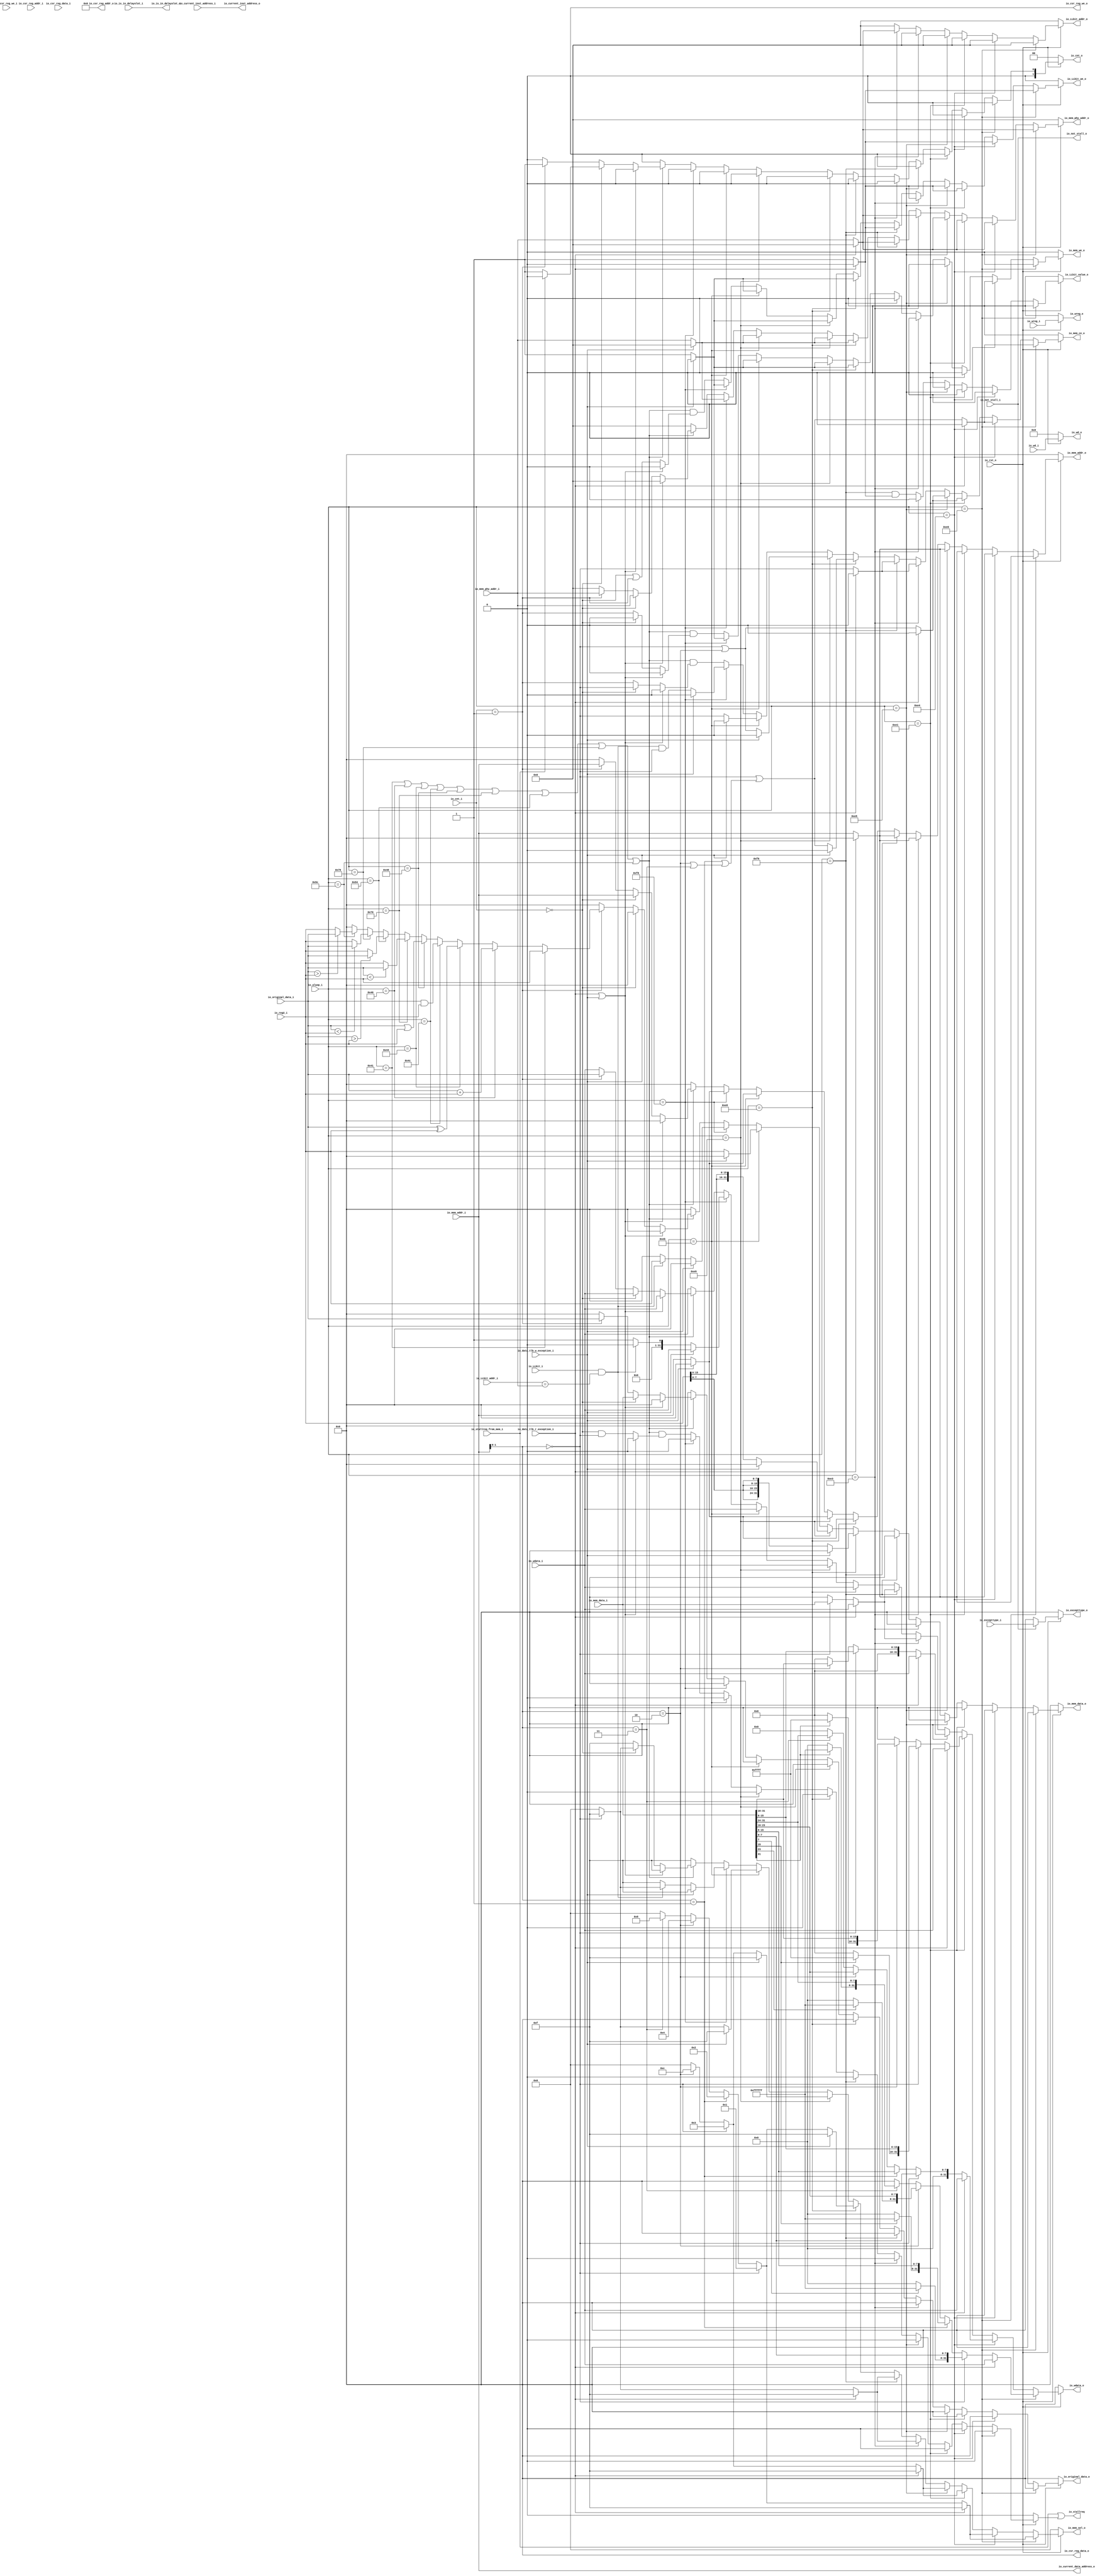
module IMemory(
  input         io_rst_n,
  input  [33:0] io_mem_phy_addr_i,
  input         io_data_tlb_r_exception_i,
  input         io_data_tlb_w_exception_i,
  input  [4:0]  io_wd_i,
  input         io_wreg_i,
  input  [31:0] io_wdata_i,
  input  [7:0]  io_aluop_i,
  input  [31:0] io_mem_addr_i,
  input  [31:0] io_reg2_i,
  input  [31:0] io_mem_data_i,
  input         io_LLbit_i,
  input  [33:0] io_LLbit_addr_i,
  input         io_stallreq_from_mem_i,
  input  [1:0]  io_cnt_i,
  input  [31:0] io_original_data_i,
  input         io_csr_reg_we_i,
  input  [11:0] io_csr_reg_addr_i,
  input  [31:0] io_csr_reg_data_i,
  input  [31:0] io_excepttype_i,
  input         io_is_in_delayslot_i,
  input  [31:0] io_current_inst_address_i,
  input         io_not_stall_i,
  output [4:0]  io_wd_o,
  output        io_wreg_o,
  output [31:0] io_wdata_o,
  output        io_LLbit_we_o,
  output        io_LLbit_value_o,
  output [33:0] io_LLbit_addr_o,
  output        io_stallreq,
  output [1:0]  io_cnt_o,
  output [31:0] io_original_data_o,
  output        io_csr_reg_we_o,
  output [11:0] io_csr_reg_addr_o,
  output [31:0] io_csr_reg_data_o,
  output [31:0] io_excepttype_o,
  output        io_is_in_delayslot_o,
  output [31:0] io_current_inst_address_o,
  output [31:0] io_current_data_address_o,
  output        io_not_stall_o,
  output [31:0] io_mem_addr_o,
  output [33:0] io_mem_phy_addr_o,
  output        io_mem_we_o,
  output [3:0]  io_mem_sel_o,
  output [31:0] io_mem_data_o,
  output        io_mem_ce_o
);
  reg  stallreq_from_amo; // @[IMemory.scala 89:30]
  reg [31:0] _RAND_0;
  reg [4:0] wd_o; // @[IMemory.scala 93:21]
  reg [31:0] _RAND_1;
  reg  wreg_o; // @[IMemory.scala 94:23]
  reg [31:0] _RAND_2;
  reg [31:0] wdata_o; // @[IMemory.scala 95:24]
  reg [31:0] _RAND_3;
  reg [31:0] mem_addr_o; // @[IMemory.scala 101:27]
  reg [31:0] _RAND_4;
  reg [33:0] mem_phy_addr_o; // @[IMemory.scala 102:31]
  reg [63:0] _RAND_5;
  reg  mem_we_o; // @[IMemory.scala 103:25]
  reg [31:0] _RAND_6;
  reg [3:0] mem_sel_o; // @[IMemory.scala 104:26]
  reg [31:0] _RAND_7;
  reg [31:0] mem_data_o; // @[IMemory.scala 105:27]
  reg [31:0] _RAND_8;
  reg  mem_ce_o; // @[IMemory.scala 106:25]
  reg [31:0] _RAND_9;
  reg  LLbit_we_o; // @[IMemory.scala 108:27]
  reg [31:0] _RAND_10;
  reg [33:0] LLbit_addr_o; // @[IMemory.scala 109:29]
  reg [63:0] _RAND_11;
  reg  LLbit_value_o; // @[IMemory.scala 110:30]
  reg [31:0] _RAND_12;
  reg [1:0] cnt_o; // @[IMemory.scala 112:22]
  reg [31:0] _RAND_13;
  reg [31:0] original_data_o; // @[IMemory.scala 113:32]
  reg [31:0] _RAND_14;
  wire  _T_2; // @[IMemory.scala 198:21]
  wire  _T_4; // @[IMemory.scala 211:35]
  wire [23:0] _T_7; // @[Bitwise.scala 71:12]
  wire [31:0] _T_9; // @[Cat.scala 29:58]
  wire  _T_11; // @[IMemory.scala 215:41]
  wire [23:0] _T_14; // @[Bitwise.scala 71:12]
  wire [31:0] _T_16; // @[Cat.scala 29:58]
  wire  _T_18; // @[IMemory.scala 219:41]
  wire [23:0] _T_21; // @[Bitwise.scala 71:12]
  wire [31:0] _T_23; // @[Cat.scala 29:58]
  wire  _T_25; // @[IMemory.scala 223:41]
  wire [23:0] _T_28; // @[Bitwise.scala 71:12]
  wire [31:0] _T_30; // @[Cat.scala 29:58]
  wire  _GEN_6; // @[IMemory.scala 219:59]
  wire  _GEN_10; // @[IMemory.scala 215:59]
  wire  _GEN_14; // @[IMemory.scala 211:52]
  wire [31:0] _GEN_18; // @[IMemory.scala 199:38]
  wire [33:0] _GEN_19; // @[IMemory.scala 199:38]
  wire  _GEN_21; // @[IMemory.scala 199:38]
  wire  _T_31; // @[IMemory.scala 235:27]
  wire [31:0] _T_36; // @[Cat.scala 29:58]
  wire [31:0] _T_41; // @[Cat.scala 29:58]
  wire [31:0] _T_46; // @[Cat.scala 29:58]
  wire [31:0] _T_51; // @[Cat.scala 29:58]
  wire  _T_52; // @[IMemory.scala 272:27]
  wire [15:0] _T_57; // @[Bitwise.scala 71:12]
  wire [31:0] _T_59; // @[Cat.scala 29:58]
  wire [15:0] _T_64; // @[Bitwise.scala 71:12]
  wire [31:0] _T_66; // @[Cat.scala 29:58]
  wire  _GEN_51; // @[IMemory.scala 285:52]
  wire  _T_67; // @[IMemory.scala 301:27]
  wire [31:0] _T_72; // @[Cat.scala 29:58]
  wire [31:0] _T_77; // @[Cat.scala 29:58]
  wire  _T_78; // @[IMemory.scala 330:27]
  wire [3:0] _GEN_70; // @[IMemory.scala 343:52]
  wire  _T_81; // @[IMemory.scala 355:27]
  wire  _T_84; // @[IMemory.scala 381:27]
  wire [31:0] _T_87; // @[Cat.scala 29:58]
  wire  _GEN_101; // @[IMemory.scala 382:38]
  wire  _T_96; // @[IMemory.scala 414:27]
  wire [31:0] _T_98; // @[Cat.scala 29:58]
  wire  _T_103; // @[IMemory.scala 441:27]
  wire  _T_106; // @[IMemory.scala 464:27]
  wire  _T_108; // @[IMemory.scala 467:59]
  wire  _T_109; // @[IMemory.scala 467:40]
  wire  _GEN_124; // @[IMemory.scala 467:81]
  wire  _T_112; // @[IMemory.scala 502:27]
  wire  _T_113; // @[IMemory.scala 502:64]
  wire  _T_114; // @[IMemory.scala 502:50]
  wire  _T_115; // @[IMemory.scala 502:100]
  wire  _T_116; // @[IMemory.scala 502:86]
  wire  _T_117; // @[IMemory.scala 503:18]
  wire  _T_118; // @[IMemory.scala 502:122]
  wire  _T_119; // @[IMemory.scala 503:54]
  wire  _T_120; // @[IMemory.scala 503:40]
  wire  _T_121; // @[IMemory.scala 503:89]
  wire  _T_122; // @[IMemory.scala 503:75]
  wire  _T_123; // @[IMemory.scala 504:18]
  wire  _T_124; // @[IMemory.scala 503:111]
  wire  _T_125; // @[IMemory.scala 504:54]
  wire  _T_126; // @[IMemory.scala 504:40]
  wire  _T_127; // @[IMemory.scala 504:91]
  wire  _T_128; // @[IMemory.scala 504:77]
  wire  _T_129; // @[IMemory.scala 506:38]
  wire  _T_130; // @[IMemory.scala 508:27]
  wire  _T_135; // @[IMemory.scala 530:27]
  wire [31:0] _T_139; // @[IMemory.scala 542:92]
  wire [31:0] _T_141; // @[IMemory.scala 543:92]
  wire [31:0] _T_143; // @[IMemory.scala 544:92]
  wire [31:0] _T_145; // @[IMemory.scala 545:92]
  wire  _T_149; // @[IMemory.scala 546:103]
  wire  _T_154; // @[IMemory.scala 547:103]
  wire  _T_157; // @[IMemory.scala 548:96]
  wire  _T_160; // @[IMemory.scala 549:96]
  wire  _GEN_173; // @[IMemory.scala 508:40]
  wire  _GEN_176; // @[IMemory.scala 508:40]
  wire  _GEN_177; // @[IMemory.scala 508:40]
  wire  _GEN_180; // @[IMemory.scala 508:40]
  wire  _GEN_188; // @[IMemory.scala 506:66]
  wire  _GEN_191; // @[IMemory.scala 506:66]
  wire  _GEN_192; // @[IMemory.scala 506:66]
  wire  _GEN_195; // @[IMemory.scala 506:66]
  wire  _GEN_203; // @[IMemory.scala 504:114]
  wire  _GEN_206; // @[IMemory.scala 504:114]
  wire  _GEN_207; // @[IMemory.scala 504:114]
  wire  _GEN_210; // @[IMemory.scala 504:114]
  wire  _GEN_312; // @[IMemory.scala 355:43]
  wire [31:0] _GEN_479; // @[IMemory.scala 616:28]
  assign _T_2 = io_aluop_i == 8'he0; // @[IMemory.scala 198:21]
  assign _T_4 = io_mem_addr_i[1:0] == 2'h0; // @[IMemory.scala 211:35]
  assign _T_7 = io_mem_data_i[7] ? 24'hffffff : 24'h0; // @[Bitwise.scala 71:12]
  assign _T_9 = {_T_7,io_mem_data_i[7:0]}; // @[Cat.scala 29:58]
  assign _T_11 = io_mem_addr_i[1:0] == 2'h1; // @[IMemory.scala 215:41]
  assign _T_14 = io_mem_data_i[15] ? 24'hffffff : 24'h0; // @[Bitwise.scala 71:12]
  assign _T_16 = {_T_14,io_mem_data_i[15:8]}; // @[Cat.scala 29:58]
  assign _T_18 = io_mem_addr_i[1:0] == 2'h2; // @[IMemory.scala 219:41]
  assign _T_21 = io_mem_data_i[23] ? 24'hffffff : 24'h0; // @[Bitwise.scala 71:12]
  assign _T_23 = {_T_21,io_mem_data_i[23:16]}; // @[Cat.scala 29:58]
  assign _T_25 = io_mem_addr_i[1:0] == 2'h3; // @[IMemory.scala 223:41]
  assign _T_28 = io_mem_data_i[31] ? 24'hffffff : 24'h0; // @[Bitwise.scala 71:12]
  assign _T_30 = {_T_28,io_mem_data_i[31:24]}; // @[Cat.scala 29:58]
  assign _GEN_6 = _T_18 | _T_25; // @[IMemory.scala 219:59]
  assign _GEN_10 = _T_11 | _GEN_6; // @[IMemory.scala 215:59]
  assign _GEN_14 = _T_4 | _GEN_10; // @[IMemory.scala 211:52]
  assign _GEN_18 = io_data_tlb_r_exception_i ? 32'h0 : io_mem_addr_i; // @[IMemory.scala 199:38]
  assign _GEN_19 = io_data_tlb_r_exception_i ? 34'h0 : io_mem_phy_addr_i; // @[IMemory.scala 199:38]
  assign _GEN_21 = io_data_tlb_r_exception_i ? 1'h0 : 1'h1; // @[IMemory.scala 199:38]
  assign _T_31 = io_aluop_i == 8'he4; // @[IMemory.scala 235:27]
  assign _T_36 = {24'h0,io_mem_data_i[7:0]}; // @[Cat.scala 29:58]
  assign _T_41 = {24'h0,io_mem_data_i[15:8]}; // @[Cat.scala 29:58]
  assign _T_46 = {24'h0,io_mem_data_i[23:16]}; // @[Cat.scala 29:58]
  assign _T_51 = {24'h0,io_mem_data_i[31:24]}; // @[Cat.scala 29:58]
  assign _T_52 = io_aluop_i == 8'he1; // @[IMemory.scala 272:27]
  assign _T_57 = io_mem_data_i[15] ? 16'hffff : 16'h0; // @[Bitwise.scala 71:12]
  assign _T_59 = {_T_57,io_mem_data_i[15:0]}; // @[Cat.scala 29:58]
  assign _T_64 = io_mem_data_i[31] ? 16'hffff : 16'h0; // @[Bitwise.scala 71:12]
  assign _T_66 = {_T_64,io_mem_data_i[31:16]}; // @[Cat.scala 29:58]
  assign _GEN_51 = _T_4 | _T_18; // @[IMemory.scala 285:52]
  assign _T_67 = io_aluop_i == 8'he5; // @[IMemory.scala 301:27]
  assign _T_72 = {16'h0,io_mem_data_i[15:0]}; // @[Cat.scala 29:58]
  assign _T_77 = {16'h0,io_mem_data_i[31:16]}; // @[Cat.scala 29:58]
  assign _T_78 = io_aluop_i == 8'he3; // @[IMemory.scala 330:27]
  assign _GEN_70 = _T_4 ? 4'hf : 4'h0; // @[IMemory.scala 343:52]
  assign _T_81 = io_aluop_i == 8'hf0; // @[IMemory.scala 355:27]
  assign _T_84 = io_aluop_i == 8'he8; // @[IMemory.scala 381:27]
  assign _T_87 = {io_reg2_i[7:0],io_reg2_i[7:0],io_reg2_i[7:0],io_reg2_i[7:0]}; // @[Cat.scala 29:58]
  assign _GEN_101 = io_data_tlb_w_exception_i ? 1'h0 : 1'h1; // @[IMemory.scala 382:38]
  assign _T_96 = io_aluop_i == 8'he9; // @[IMemory.scala 414:27]
  assign _T_98 = {io_reg2_i[15:0],io_reg2_i[15:0]}; // @[Cat.scala 29:58]
  assign _T_103 = io_aluop_i == 8'heb; // @[IMemory.scala 441:27]
  assign _T_106 = io_aluop_i == 8'hf8; // @[IMemory.scala 464:27]
  assign _T_108 = io_LLbit_addr_i == io_mem_phy_addr_i; // @[IMemory.scala 467:59]
  assign _T_109 = io_LLbit_i & _T_108; // @[IMemory.scala 467:40]
  assign _GEN_124 = _T_109 & _T_4; // @[IMemory.scala 467:81]
  assign _T_112 = io_aluop_i == 8'h41; // @[IMemory.scala 502:27]
  assign _T_113 = io_aluop_i == 8'h40; // @[IMemory.scala 502:64]
  assign _T_114 = _T_112 | _T_113; // @[IMemory.scala 502:50]
  assign _T_115 = io_aluop_i == 8'h44; // @[IMemory.scala 502:100]
  assign _T_116 = _T_114 | _T_115; // @[IMemory.scala 502:86]
  assign _T_117 = io_aluop_i == 8'h4c; // @[IMemory.scala 503:18]
  assign _T_118 = _T_116 | _T_117; // @[IMemory.scala 502:122]
  assign _T_119 = io_aluop_i == 8'h48; // @[IMemory.scala 503:54]
  assign _T_120 = _T_118 | _T_119; // @[IMemory.scala 503:40]
  assign _T_121 = io_aluop_i == 8'h70; // @[IMemory.scala 503:89]
  assign _T_122 = _T_120 | _T_121; // @[IMemory.scala 503:75]
  assign _T_123 = io_aluop_i == 8'h54; // @[IMemory.scala 504:18]
  assign _T_124 = _T_122 | _T_123; // @[IMemory.scala 503:111]
  assign _T_125 = io_aluop_i == 8'h79; // @[IMemory.scala 504:54]
  assign _T_126 = _T_124 | _T_125; // @[IMemory.scala 504:40]
  assign _T_127 = io_aluop_i == 8'h5c; // @[IMemory.scala 504:91]
  assign _T_128 = _T_126 | _T_127; // @[IMemory.scala 504:77]
  assign _T_129 = io_data_tlb_r_exception_i | io_data_tlb_w_exception_i; // @[IMemory.scala 506:38]
  assign _T_130 = io_cnt_i == 2'h0; // @[IMemory.scala 508:27]
  assign _T_135 = io_cnt_i == 2'h1; // @[IMemory.scala 530:27]
  assign _T_139 = io_original_data_i + io_reg2_i; // @[IMemory.scala 542:92]
  assign _T_141 = io_original_data_i ^ io_reg2_i; // @[IMemory.scala 543:92]
  assign _T_143 = io_original_data_i & io_reg2_i; // @[IMemory.scala 544:92]
  assign _T_145 = io_original_data_i | io_reg2_i; // @[IMemory.scala 545:92]
  assign _T_149 = $signed(io_original_data_i) < $signed(io_reg2_i); // @[IMemory.scala 546:103]
  assign _T_154 = $signed(io_original_data_i) > $signed(io_reg2_i); // @[IMemory.scala 547:103]
  assign _T_157 = io_original_data_i < io_reg2_i; // @[IMemory.scala 548:96]
  assign _T_160 = io_original_data_i > io_reg2_i; // @[IMemory.scala 549:96]
  assign _GEN_173 = _T_130 ? _T_4 : _T_135; // @[IMemory.scala 508:40]
  assign _GEN_176 = _T_130 ? 1'h0 : _T_135; // @[IMemory.scala 508:40]
  assign _GEN_177 = _T_130 | _T_135; // @[IMemory.scala 508:40]
  assign _GEN_180 = _T_130 & _T_4; // @[IMemory.scala 508:40]
  assign _GEN_188 = _T_129 ? 1'h0 : _GEN_173; // @[IMemory.scala 506:66]
  assign _GEN_191 = _T_129 ? 1'h0 : _GEN_176; // @[IMemory.scala 506:66]
  assign _GEN_192 = _T_129 ? 1'h0 : _GEN_177; // @[IMemory.scala 506:66]
  assign _GEN_195 = _T_129 ? 1'h0 : _GEN_180; // @[IMemory.scala 506:66]
  assign _GEN_203 = _T_128 & _GEN_188; // @[IMemory.scala 504:114]
  assign _GEN_206 = _T_128 & _GEN_191; // @[IMemory.scala 504:114]
  assign _GEN_207 = _T_128 & _GEN_192; // @[IMemory.scala 504:114]
  assign _GEN_210 = _T_128 & _GEN_195; // @[IMemory.scala 504:114]
  assign _GEN_312 = _T_81 & _GEN_21; // @[IMemory.scala 355:43]
  assign _GEN_479 = io_not_stall_i ? io_excepttype_i : 32'h0; // @[IMemory.scala 616:28]
  assign io_wd_o = io_rst_n ? wd_o : 5'h0; // @[IMemory.scala 116:11 IMemory.scala 590:11]
  assign io_wreg_o = io_rst_n ? wreg_o : 1'h0; // @[IMemory.scala 117:13 IMemory.scala 591:13]
  assign io_wdata_o = io_rst_n ? wdata_o : 32'h0; // @[IMemory.scala 118:14 IMemory.scala 592:14]
  assign io_LLbit_we_o = io_rst_n ? LLbit_we_o : 1'h0; // @[IMemory.scala 131:17 IMemory.scala 605:17]
  assign io_LLbit_value_o = io_rst_n ? LLbit_value_o : 1'h0; // @[IMemory.scala 133:20 IMemory.scala 607:20]
  assign io_LLbit_addr_o = io_rst_n ? LLbit_addr_o : 34'h0; // @[IMemory.scala 132:19 IMemory.scala 606:19]
  assign io_stallreq = io_stallreq_from_mem_i | stallreq_from_amo; // @[IMemory.scala 82:15 IMemory.scala 91:15]
  assign io_cnt_o = io_rst_n ? cnt_o : 2'h0; // @[IMemory.scala 135:12 IMemory.scala 609:12]
  assign io_original_data_o = io_rst_n ? original_data_o : 32'h0; // @[IMemory.scala 136:22 IMemory.scala 610:22]
  assign io_csr_reg_we_o = 1'h0; // @[IMemory.scala 120:19 IMemory.scala 594:19]
  assign io_csr_reg_addr_o = 12'h0; // @[IMemory.scala 121:21 IMemory.scala 595:21]
  assign io_csr_reg_data_o = 32'h0; // @[IMemory.scala 122:21 IMemory.scala 596:21]
  assign io_excepttype_o = io_rst_n ? _GEN_479 : 32'h0; // @[IMemory.scala 615:19 IMemory.scala 617:19 IMemory.scala 619:19]
  assign io_is_in_delayslot_o = io_is_in_delayslot_i; // @[IMemory.scala 79:24]
  assign io_current_inst_address_o = io_current_inst_address_i; // @[IMemory.scala 80:29]
  assign io_current_data_address_o = io_mem_addr_i; // @[IMemory.scala 81:29]
  assign io_not_stall_o = io_not_stall_i; // @[IMemory.scala 622:16]
  assign io_mem_addr_o = io_rst_n ? mem_addr_o : 32'h0; // @[IMemory.scala 124:17 IMemory.scala 598:17]
  assign io_mem_phy_addr_o = io_rst_n ? mem_phy_addr_o : 34'h0; // @[IMemory.scala 125:21 IMemory.scala 599:21]
  assign io_mem_we_o = io_rst_n ? mem_we_o : 1'h0; // @[IMemory.scala 126:15 IMemory.scala 600:15]
  assign io_mem_sel_o = io_rst_n ? mem_sel_o : 4'h0; // @[IMemory.scala 127:16 IMemory.scala 601:16]
  assign io_mem_data_o = io_rst_n ? mem_data_o : 32'h0; // @[IMemory.scala 128:17 IMemory.scala 550:40 IMemory.scala 602:17]
  assign io_mem_ce_o = io_rst_n ? mem_ce_o : 1'h0; // @[IMemory.scala 129:15 IMemory.scala 603:15]
`ifdef RANDOMIZE_GARBAGE_ASSIGN
`define RANDOMIZE
`endif
`ifdef RANDOMIZE_INVALID_ASSIGN
`define RANDOMIZE
`endif
`ifdef RANDOMIZE_REG_INIT
`define RANDOMIZE
`endif
`ifdef RANDOMIZE_MEM_INIT
`define RANDOMIZE
`endif
`ifndef RANDOM
`define RANDOM $random
`endif
`ifdef RANDOMIZE_MEM_INIT
  integer initvar;
`endif
`ifndef SYNTHESIS
initial begin
  `ifdef RANDOMIZE
    `ifdef INIT_RANDOM
      `INIT_RANDOM
    `endif
    `ifndef VERILATOR
      `ifdef RANDOMIZE_DELAY
        #`RANDOMIZE_DELAY begin end
      `else
        #0.002 begin end
      `endif
    `endif
  `ifdef RANDOMIZE_REG_INIT
  _RAND_0 = {1{`RANDOM}};
  stallreq_from_amo = _RAND_0[0:0];
  `endif // RANDOMIZE_REG_INIT
  `ifdef RANDOMIZE_REG_INIT
  _RAND_1 = {1{`RANDOM}};
  wd_o = _RAND_1[4:0];
  `endif // RANDOMIZE_REG_INIT
  `ifdef RANDOMIZE_REG_INIT
  _RAND_2 = {1{`RANDOM}};
  wreg_o = _RAND_2[0:0];
  `endif // RANDOMIZE_REG_INIT
  `ifdef RANDOMIZE_REG_INIT
  _RAND_3 = {1{`RANDOM}};
  wdata_o = _RAND_3[31:0];
  `endif // RANDOMIZE_REG_INIT
  `ifdef RANDOMIZE_REG_INIT
  _RAND_4 = {1{`RANDOM}};
  mem_addr_o = _RAND_4[31:0];
  `endif // RANDOMIZE_REG_INIT
  `ifdef RANDOMIZE_REG_INIT
  _RAND_5 = {2{`RANDOM}};
  mem_phy_addr_o = _RAND_5[33:0];
  `endif // RANDOMIZE_REG_INIT
  `ifdef RANDOMIZE_REG_INIT
  _RAND_6 = {1{`RANDOM}};
  mem_we_o = _RAND_6[0:0];
  `endif // RANDOMIZE_REG_INIT
  `ifdef RANDOMIZE_REG_INIT
  _RAND_7 = {1{`RANDOM}};
  mem_sel_o = _RAND_7[3:0];
  `endif // RANDOMIZE_REG_INIT
  `ifdef RANDOMIZE_REG_INIT
  _RAND_8 = {1{`RANDOM}};
  mem_data_o = _RAND_8[31:0];
  `endif // RANDOMIZE_REG_INIT
  `ifdef RANDOMIZE_REG_INIT
  _RAND_9 = {1{`RANDOM}};
  mem_ce_o = _RAND_9[0:0];
  `endif // RANDOMIZE_REG_INIT
  `ifdef RANDOMIZE_REG_INIT
  _RAND_10 = {1{`RANDOM}};
  LLbit_we_o = _RAND_10[0:0];
  `endif // RANDOMIZE_REG_INIT
  `ifdef RANDOMIZE_REG_INIT
  _RAND_11 = {2{`RANDOM}};
  LLbit_addr_o = _RAND_11[33:0];
  `endif // RANDOMIZE_REG_INIT
  `ifdef RANDOMIZE_REG_INIT
  _RAND_12 = {1{`RANDOM}};
  LLbit_value_o = _RAND_12[0:0];
  `endif // RANDOMIZE_REG_INIT
  `ifdef RANDOMIZE_REG_INIT
  _RAND_13 = {1{`RANDOM}};
  cnt_o = _RAND_13[1:0];
  `endif // RANDOMIZE_REG_INIT
  `ifdef RANDOMIZE_REG_INIT
  _RAND_14 = {1{`RANDOM}};
  original_data_o = _RAND_14[31:0];
  `endif // RANDOMIZE_REG_INIT
  `endif // RANDOMIZE
end // initial
`endif // SYNTHESIS
  always @(*) begin
    if (~io_rst_n) begin
      stallreq_from_amo <= 1'h0;
    end else if (_T_2) begin
      stallreq_from_amo <= 1'h0;
    end else if (_T_31) begin
      stallreq_from_amo <= 1'h0;
    end else if (_T_52) begin
      stallreq_from_amo <= 1'h0;
    end else if (_T_67) begin
      stallreq_from_amo <= 1'h0;
    end else if (_T_78) begin
      stallreq_from_amo <= 1'h0;
    end else if (_T_81) begin
      stallreq_from_amo <= 1'h0;
    end else if (_T_84) begin
      stallreq_from_amo <= 1'h0;
    end else if (_T_96) begin
      stallreq_from_amo <= 1'h0;
    end else if (_T_103) begin
      stallreq_from_amo <= 1'h0;
    end else if (_T_106) begin
      stallreq_from_amo <= 1'h0;
    end else begin
      stallreq_from_amo <= _GEN_210;
    end
    if (~io_rst_n) begin
      wd_o <= 5'h0;
    end else if (~io_rst_n) begin
      wd_o <= 5'h0;
    end else begin
      wd_o <= io_wd_i;
    end
    if (~io_rst_n) begin
      wreg_o <= 1'h0;
    end else if (~io_rst_n) begin
      wreg_o <= 1'h0;
    end else begin
      wreg_o <= io_wreg_i;
    end
    if (~io_rst_n) begin
      wdata_o <= 32'h0;
    end else if (~io_rst_n) begin
      wdata_o <= 32'h0;
    end else if (_T_2) begin
      if (io_data_tlb_r_exception_i) begin
        wdata_o <= io_wdata_i;
      end else if (_T_4) begin
        wdata_o <= _T_9;
      end else if (_T_11) begin
        wdata_o <= _T_16;
      end else if (_T_18) begin
        wdata_o <= _T_23;
      end else if (_T_25) begin
        wdata_o <= _T_30;
      end else begin
        wdata_o <= 32'h0;
      end
    end else if (_T_31) begin
      if (io_data_tlb_r_exception_i) begin
        wdata_o <= io_wdata_i;
      end else if (_T_4) begin
        wdata_o <= _T_36;
      end else if (_T_11) begin
        wdata_o <= _T_41;
      end else if (_T_18) begin
        wdata_o <= _T_46;
      end else if (_T_25) begin
        wdata_o <= _T_51;
      end else begin
        wdata_o <= 32'h0;
      end
    end else if (_T_52) begin
      if (io_data_tlb_r_exception_i) begin
        wdata_o <= io_wdata_i;
      end else if (_T_4) begin
        wdata_o <= _T_59;
      end else if (_T_18) begin
        wdata_o <= _T_66;
      end else begin
        wdata_o <= 32'h0;
      end
    end else if (_T_67) begin
      if (io_data_tlb_r_exception_i) begin
        wdata_o <= io_wdata_i;
      end else if (_T_4) begin
        wdata_o <= _T_72;
      end else if (_T_18) begin
        wdata_o <= _T_77;
      end else begin
        wdata_o <= 32'h0;
      end
    end else if (_T_78) begin
      if (io_data_tlb_r_exception_i) begin
        wdata_o <= io_wdata_i;
      end else if (_T_4) begin
        wdata_o <= io_mem_data_i;
      end else begin
        wdata_o <= 32'h0;
      end
    end else if (_T_81) begin
      if (io_data_tlb_r_exception_i) begin
        wdata_o <= io_wdata_i;
      end else if (_T_4) begin
        wdata_o <= io_mem_data_i;
      end else begin
        wdata_o <= 32'h0;
      end
    end else if (_T_84) begin
      wdata_o <= io_wdata_i;
    end else if (_T_96) begin
      wdata_o <= io_wdata_i;
    end else if (_T_103) begin
      wdata_o <= io_wdata_i;
    end else if (_T_106) begin
      if (io_data_tlb_w_exception_i) begin
        wdata_o <= io_wdata_i;
      end else if (_T_109) begin
        wdata_o <= 32'h0;
      end else begin
        wdata_o <= 32'h1;
      end
    end else if (_T_128) begin
      if (_T_129) begin
        wdata_o <= io_wdata_i;
      end else if (_T_130) begin
        wdata_o <= io_wdata_i;
      end else if (_T_135) begin
        wdata_o <= io_original_data_i;
      end else begin
        wdata_o <= io_wdata_i;
      end
    end else begin
      wdata_o <= io_wdata_i;
    end
    if (~io_rst_n) begin
      mem_addr_o <= 32'h0;
    end else if (~io_rst_n) begin
      mem_addr_o <= 32'h0;
    end else if (_T_2) begin
      if (io_data_tlb_r_exception_i) begin
        mem_addr_o <= 32'h0;
      end else begin
        mem_addr_o <= io_mem_addr_i;
      end
    end else if (_T_31) begin
      if (io_data_tlb_r_exception_i) begin
        mem_addr_o <= 32'h0;
      end else begin
        mem_addr_o <= io_mem_addr_i;
      end
    end else if (_T_52) begin
      if (io_data_tlb_r_exception_i) begin
        mem_addr_o <= 32'h0;
      end else begin
        mem_addr_o <= io_mem_addr_i;
      end
    end else if (_T_67) begin
      if (io_data_tlb_r_exception_i) begin
        mem_addr_o <= 32'h0;
      end else begin
        mem_addr_o <= io_mem_addr_i;
      end
    end else if (_T_78) begin
      mem_addr_o <= _GEN_18;
    end else if (_T_81) begin
      mem_addr_o <= _GEN_18;
    end else if (_T_84) begin
      if (io_data_tlb_w_exception_i) begin
        mem_addr_o <= 32'h0;
      end else begin
        mem_addr_o <= io_mem_addr_i;
      end
    end else if (_T_96) begin
      if (io_data_tlb_w_exception_i) begin
        mem_addr_o <= 32'h0;
      end else begin
        mem_addr_o <= io_mem_addr_i;
      end
    end else if (_T_103) begin
      if (io_data_tlb_w_exception_i) begin
        mem_addr_o <= 32'h0;
      end else begin
        mem_addr_o <= io_mem_addr_i;
      end
    end else if (_T_106) begin
      if (io_data_tlb_w_exception_i) begin
        mem_addr_o <= 32'h0;
      end else begin
        mem_addr_o <= io_mem_addr_i;
      end
    end else if (_T_128) begin
      if (_T_129) begin
        mem_addr_o <= 32'h0;
      end else if (_T_130) begin
        mem_addr_o <= io_mem_addr_i;
      end else if (_T_135) begin
        mem_addr_o <= io_mem_addr_i;
      end else begin
        mem_addr_o <= 32'h0;
      end
    end else begin
      mem_addr_o <= 32'h0;
    end
    if (~io_rst_n) begin
      mem_phy_addr_o <= 34'h0;
    end else if (~io_rst_n) begin
      mem_phy_addr_o <= 34'h0;
    end else if (_T_2) begin
      if (io_data_tlb_r_exception_i) begin
        mem_phy_addr_o <= 34'h0;
      end else begin
        mem_phy_addr_o <= io_mem_phy_addr_i;
      end
    end else if (_T_31) begin
      if (io_data_tlb_r_exception_i) begin
        mem_phy_addr_o <= 34'h0;
      end else begin
        mem_phy_addr_o <= io_mem_phy_addr_i;
      end
    end else if (_T_52) begin
      if (io_data_tlb_r_exception_i) begin
        mem_phy_addr_o <= 34'h0;
      end else begin
        mem_phy_addr_o <= io_mem_phy_addr_i;
      end
    end else if (_T_67) begin
      if (io_data_tlb_r_exception_i) begin
        mem_phy_addr_o <= 34'h0;
      end else begin
        mem_phy_addr_o <= io_mem_phy_addr_i;
      end
    end else if (_T_78) begin
      mem_phy_addr_o <= _GEN_19;
    end else if (_T_81) begin
      mem_phy_addr_o <= _GEN_19;
    end else if (_T_84) begin
      if (io_data_tlb_w_exception_i) begin
        mem_phy_addr_o <= 34'h0;
      end else begin
        mem_phy_addr_o <= io_mem_phy_addr_i;
      end
    end else if (_T_96) begin
      if (io_data_tlb_w_exception_i) begin
        mem_phy_addr_o <= 34'h0;
      end else begin
        mem_phy_addr_o <= io_mem_phy_addr_i;
      end
    end else if (_T_103) begin
      if (io_data_tlb_w_exception_i) begin
        mem_phy_addr_o <= 34'h0;
      end else begin
        mem_phy_addr_o <= io_mem_phy_addr_i;
      end
    end else if (_T_106) begin
      if (io_data_tlb_w_exception_i) begin
        mem_phy_addr_o <= 34'h0;
      end else begin
        mem_phy_addr_o <= io_mem_phy_addr_i;
      end
    end else if (_T_128) begin
      if (_T_129) begin
        mem_phy_addr_o <= 34'h0;
      end else if (_T_130) begin
        mem_phy_addr_o <= io_mem_phy_addr_i;
      end else if (_T_135) begin
        mem_phy_addr_o <= io_mem_phy_addr_i;
      end else begin
        mem_phy_addr_o <= 34'h0;
      end
    end else begin
      mem_phy_addr_o <= 34'h0;
    end
    if (~io_rst_n) begin
      mem_we_o <= 1'h0;
    end else if (~io_rst_n) begin
      mem_we_o <= 1'h0;
    end else if (_T_2) begin
      mem_we_o <= 1'h0;
    end else if (_T_31) begin
      mem_we_o <= 1'h0;
    end else if (_T_52) begin
      mem_we_o <= 1'h0;
    end else if (_T_67) begin
      mem_we_o <= 1'h0;
    end else if (_T_78) begin
      mem_we_o <= 1'h0;
    end else if (_T_81) begin
      mem_we_o <= 1'h0;
    end else if (_T_84) begin
      if (io_data_tlb_w_exception_i) begin
        mem_we_o <= 1'h0;
      end else begin
        mem_we_o <= 1'h1;
      end
    end else if (_T_96) begin
      if (io_data_tlb_w_exception_i) begin
        mem_we_o <= 1'h0;
      end else begin
        mem_we_o <= 1'h1;
      end
    end else if (_T_103) begin
      if (io_data_tlb_w_exception_i) begin
        mem_we_o <= 1'h0;
      end else begin
        mem_we_o <= 1'h1;
      end
    end else if (_T_106) begin
      if (io_data_tlb_w_exception_i) begin
        mem_we_o <= 1'h0;
      end else begin
        mem_we_o <= 1'h1;
      end
    end else begin
      mem_we_o <= _GEN_206;
    end
    if (~io_rst_n) begin
      mem_sel_o <= 4'h0;
    end else if (~io_rst_n) begin
      mem_sel_o <= 4'h0;
    end else if (_T_2) begin
      if (io_data_tlb_r_exception_i) begin
        mem_sel_o <= 4'hf;
      end else if (_T_4) begin
        mem_sel_o <= 4'h1;
      end else if (_T_11) begin
        mem_sel_o <= 4'h2;
      end else if (_T_18) begin
        mem_sel_o <= 4'h4;
      end else if (_T_25) begin
        mem_sel_o <= 4'h8;
      end else begin
        mem_sel_o <= 4'h0;
      end
    end else if (_T_31) begin
      if (io_data_tlb_r_exception_i) begin
        mem_sel_o <= 4'hf;
      end else if (_T_4) begin
        mem_sel_o <= 4'h1;
      end else if (_T_11) begin
        mem_sel_o <= 4'h2;
      end else if (_T_18) begin
        mem_sel_o <= 4'h4;
      end else if (_T_25) begin
        mem_sel_o <= 4'h8;
      end else begin
        mem_sel_o <= 4'h0;
      end
    end else if (_T_52) begin
      if (io_data_tlb_r_exception_i) begin
        mem_sel_o <= 4'hf;
      end else if (_T_4) begin
        mem_sel_o <= 4'h3;
      end else if (_T_18) begin
        mem_sel_o <= 4'hc;
      end else begin
        mem_sel_o <= 4'h0;
      end
    end else if (_T_67) begin
      if (io_data_tlb_r_exception_i) begin
        mem_sel_o <= 4'hf;
      end else if (_T_4) begin
        mem_sel_o <= 4'h3;
      end else if (_T_18) begin
        mem_sel_o <= 4'hc;
      end else begin
        mem_sel_o <= 4'h0;
      end
    end else if (_T_78) begin
      if (io_data_tlb_r_exception_i) begin
        mem_sel_o <= 4'hf;
      end else if (_T_4) begin
        mem_sel_o <= 4'hf;
      end else begin
        mem_sel_o <= 4'h0;
      end
    end else if (_T_81) begin
      if (io_data_tlb_r_exception_i) begin
        mem_sel_o <= 4'hf;
      end else if (_T_4) begin
        mem_sel_o <= 4'hf;
      end else begin
        mem_sel_o <= 4'h0;
      end
    end else if (_T_84) begin
      if (io_data_tlb_w_exception_i) begin
        mem_sel_o <= 4'hf;
      end else if (_T_4) begin
        mem_sel_o <= 4'h1;
      end else if (_T_11) begin
        mem_sel_o <= 4'h2;
      end else if (_T_18) begin
        mem_sel_o <= 4'h4;
      end else if (_T_25) begin
        mem_sel_o <= 4'h8;
      end else begin
        mem_sel_o <= 4'h0;
      end
    end else if (_T_96) begin
      if (io_data_tlb_w_exception_i) begin
        mem_sel_o <= 4'hf;
      end else if (_T_4) begin
        mem_sel_o <= 4'h3;
      end else if (_T_18) begin
        mem_sel_o <= 4'hc;
      end else begin
        mem_sel_o <= 4'h0;
      end
    end else if (_T_103) begin
      if (io_data_tlb_w_exception_i) begin
        mem_sel_o <= 4'hf;
      end else if (_T_4) begin
        mem_sel_o <= 4'hf;
      end else begin
        mem_sel_o <= 4'h0;
      end
    end else if (_T_106) begin
      if (io_data_tlb_w_exception_i) begin
        mem_sel_o <= 4'hf;
      end else if (_T_109) begin
        if (_T_4) begin
          mem_sel_o <= 4'hf;
        end else begin
          mem_sel_o <= 4'h0;
        end
      end else begin
        mem_sel_o <= 4'hf;
      end
    end else if (_T_128) begin
      if (_T_129) begin
        mem_sel_o <= 4'hf;
      end else if (_T_130) begin
        mem_sel_o <= _GEN_70;
      end else begin
        mem_sel_o <= 4'hf;
      end
    end else begin
      mem_sel_o <= 4'hf;
    end
    if (~io_rst_n) begin
      mem_data_o <= 32'h0;
    end else if (~io_rst_n) begin
      mem_data_o <= 32'h0;
    end else if (_T_2) begin
      mem_data_o <= 32'h0;
    end else if (_T_31) begin
      mem_data_o <= 32'h0;
    end else if (_T_52) begin
      mem_data_o <= 32'h0;
    end else if (_T_67) begin
      mem_data_o <= 32'h0;
    end else if (_T_78) begin
      mem_data_o <= 32'h0;
    end else if (_T_81) begin
      mem_data_o <= 32'h0;
    end else if (_T_84) begin
      if (io_data_tlb_w_exception_i) begin
        mem_data_o <= 32'h0;
      end else begin
        mem_data_o <= _T_87;
      end
    end else if (_T_96) begin
      if (io_data_tlb_w_exception_i) begin
        mem_data_o <= 32'h0;
      end else begin
        mem_data_o <= _T_98;
      end
    end else if (_T_103) begin
      if (io_data_tlb_w_exception_i) begin
        mem_data_o <= 32'h0;
      end else begin
        mem_data_o <= io_reg2_i;
      end
    end else if (_T_106) begin
      if (io_data_tlb_w_exception_i) begin
        mem_data_o <= 32'h0;
      end else if (_T_109) begin
        mem_data_o <= io_reg2_i;
      end else begin
        mem_data_o <= 32'h0;
      end
    end else if (_T_128) begin
      if (_T_129) begin
        mem_data_o <= 32'h0;
      end else if (_T_130) begin
        mem_data_o <= 32'h0;
      end else if (_T_135) begin
        if (_T_112) begin
          mem_data_o <= io_reg2_i;
        end else if (_T_113) begin
          mem_data_o <= _T_139;
        end else if (_T_115) begin
          mem_data_o <= _T_141;
        end else if (_T_117) begin
          mem_data_o <= _T_143;
        end else if (_T_119) begin
          mem_data_o <= _T_145;
        end else if (_T_121) begin
          if (_T_149) begin
            mem_data_o <= io_original_data_i;
          end else begin
            mem_data_o <= io_reg2_i;
          end
        end else if (_T_123) begin
          if (_T_154) begin
            mem_data_o <= io_original_data_i;
          end else begin
            mem_data_o <= io_reg2_i;
          end
        end else if (_T_125) begin
          if (_T_157) begin
            mem_data_o <= io_original_data_i;
          end else begin
            mem_data_o <= io_reg2_i;
          end
        end else if (_T_127) begin
          if (_T_160) begin
            mem_data_o <= io_original_data_i;
          end else begin
            mem_data_o <= io_reg2_i;
          end
        end else begin
          mem_data_o <= 32'h0;
        end
      end else begin
        mem_data_o <= 32'h0;
      end
    end else begin
      mem_data_o <= 32'h0;
    end
    if (~io_rst_n) begin
      mem_ce_o <= 1'h0;
    end else if (~io_rst_n) begin
      mem_ce_o <= 1'h0;
    end else if (_T_2) begin
      if (io_data_tlb_r_exception_i) begin
        mem_ce_o <= 1'h0;
      end else begin
        mem_ce_o <= _GEN_14;
      end
    end else if (_T_31) begin
      if (io_data_tlb_r_exception_i) begin
        mem_ce_o <= 1'h0;
      end else begin
        mem_ce_o <= _GEN_14;
      end
    end else if (_T_52) begin
      if (io_data_tlb_r_exception_i) begin
        mem_ce_o <= 1'h0;
      end else begin
        mem_ce_o <= _GEN_51;
      end
    end else if (_T_67) begin
      if (io_data_tlb_r_exception_i) begin
        mem_ce_o <= 1'h0;
      end else begin
        mem_ce_o <= _GEN_51;
      end
    end else if (_T_78) begin
      if (io_data_tlb_r_exception_i) begin
        mem_ce_o <= 1'h0;
      end else begin
        mem_ce_o <= _T_4;
      end
    end else if (_T_81) begin
      if (io_data_tlb_r_exception_i) begin
        mem_ce_o <= 1'h0;
      end else begin
        mem_ce_o <= _T_4;
      end
    end else if (_T_84) begin
      if (io_data_tlb_w_exception_i) begin
        mem_ce_o <= 1'h0;
      end else begin
        mem_ce_o <= _GEN_14;
      end
    end else if (_T_96) begin
      if (io_data_tlb_w_exception_i) begin
        mem_ce_o <= 1'h0;
      end else begin
        mem_ce_o <= _GEN_51;
      end
    end else if (_T_103) begin
      if (io_data_tlb_w_exception_i) begin
        mem_ce_o <= 1'h0;
      end else begin
        mem_ce_o <= _T_4;
      end
    end else if (_T_106) begin
      if (io_data_tlb_w_exception_i) begin
        mem_ce_o <= 1'h0;
      end else begin
        mem_ce_o <= _GEN_124;
      end
    end else begin
      mem_ce_o <= _GEN_203;
    end
    if (~io_rst_n) begin
      LLbit_we_o <= 1'h0;
    end else if (~io_rst_n) begin
      LLbit_we_o <= 1'h0;
    end else if (_T_2) begin
      if (io_data_tlb_r_exception_i) begin
        LLbit_we_o <= 1'h0;
      end else begin
        LLbit_we_o <= 1'h1;
      end
    end else if (_T_31) begin
      if (io_data_tlb_r_exception_i) begin
        LLbit_we_o <= 1'h0;
      end else begin
        LLbit_we_o <= 1'h1;
      end
    end else if (_T_52) begin
      if (io_data_tlb_r_exception_i) begin
        LLbit_we_o <= 1'h0;
      end else begin
        LLbit_we_o <= 1'h1;
      end
    end else if (_T_67) begin
      if (io_data_tlb_r_exception_i) begin
        LLbit_we_o <= 1'h0;
      end else begin
        LLbit_we_o <= 1'h1;
      end
    end else if (_T_78) begin
      LLbit_we_o <= _GEN_21;
    end else if (_T_81) begin
      LLbit_we_o <= _GEN_21;
    end else if (_T_84) begin
      LLbit_we_o <= _GEN_101;
    end else if (_T_96) begin
      LLbit_we_o <= _GEN_101;
    end else if (_T_103) begin
      LLbit_we_o <= _GEN_101;
    end else if (_T_106) begin
      LLbit_we_o <= _GEN_101;
    end else begin
      LLbit_we_o <= _GEN_207;
    end
    if (~io_rst_n) begin
      LLbit_addr_o <= 34'h0;
    end else if (~io_rst_n) begin
      LLbit_addr_o <= 34'h0;
    end else if (_T_2) begin
      LLbit_addr_o <= 34'h0;
    end else if (_T_31) begin
      LLbit_addr_o <= 34'h0;
    end else if (_T_52) begin
      LLbit_addr_o <= 34'h0;
    end else if (_T_67) begin
      LLbit_addr_o <= 34'h0;
    end else if (_T_78) begin
      LLbit_addr_o <= 34'h0;
    end else if (_T_81) begin
      LLbit_addr_o <= _GEN_19;
    end else begin
      LLbit_addr_o <= 34'h0;
    end
    if (~io_rst_n) begin
      LLbit_value_o <= 1'h0;
    end else if (~io_rst_n) begin
      LLbit_value_o <= 1'h0;
    end else if (_T_2) begin
      LLbit_value_o <= 1'h0;
    end else if (_T_31) begin
      LLbit_value_o <= 1'h0;
    end else if (_T_52) begin
      LLbit_value_o <= 1'h0;
    end else if (_T_67) begin
      LLbit_value_o <= 1'h0;
    end else if (_T_78) begin
      LLbit_value_o <= 1'h0;
    end else begin
      LLbit_value_o <= _GEN_312;
    end
    if (~io_rst_n) begin
      cnt_o <= 2'h0;
    end else if (~io_rst_n) begin
      cnt_o <= 2'h0;
    end else if (_T_2) begin
      cnt_o <= 2'h0;
    end else if (_T_31) begin
      cnt_o <= 2'h0;
    end else if (_T_52) begin
      cnt_o <= 2'h0;
    end else if (_T_67) begin
      cnt_o <= 2'h0;
    end else if (_T_78) begin
      cnt_o <= 2'h0;
    end else if (_T_81) begin
      cnt_o <= 2'h0;
    end else if (_T_84) begin
      cnt_o <= 2'h0;
    end else if (_T_96) begin
      cnt_o <= 2'h0;
    end else if (_T_103) begin
      cnt_o <= 2'h0;
    end else if (_T_106) begin
      cnt_o <= 2'h0;
    end else if (_T_128) begin
      if (_T_129) begin
        cnt_o <= 2'h0;
      end else if (_T_130) begin
        if (io_stallreq_from_mem_i) begin
          cnt_o <= 2'h0;
        end else begin
          cnt_o <= 2'h1;
        end
      end else if (_T_135) begin
        cnt_o <= 2'h1;
      end else begin
        cnt_o <= 2'h0;
      end
    end else begin
      cnt_o <= 2'h0;
    end
    if (~io_rst_n) begin
      original_data_o <= 32'h0;
    end else if (~io_rst_n) begin
      original_data_o <= 32'h0;
    end else if (_T_2) begin
      original_data_o <= 32'h0;
    end else if (_T_31) begin
      original_data_o <= 32'h0;
    end else if (_T_52) begin
      original_data_o <= 32'h0;
    end else if (_T_67) begin
      original_data_o <= 32'h0;
    end else if (_T_78) begin
      original_data_o <= 32'h0;
    end else if (_T_81) begin
      original_data_o <= 32'h0;
    end else if (_T_84) begin
      original_data_o <= 32'h0;
    end else if (_T_96) begin
      original_data_o <= 32'h0;
    end else if (_T_103) begin
      original_data_o <= 32'h0;
    end else if (_T_106) begin
      original_data_o <= 32'h0;
    end else if (_T_128) begin
      if (_T_129) begin
        original_data_o <= 32'h0;
      end else if (_T_130) begin
        original_data_o <= io_mem_data_i;
      end else if (_T_135) begin
        original_data_o <= io_original_data_i;
      end else begin
        original_data_o <= 32'h0;
      end
    end else begin
      original_data_o <= 32'h0;
    end
  end
endmodule